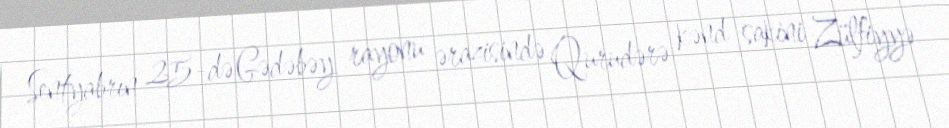
Sentyabrın 25-də Gədəbəy rayonu ərazisində Qurudərə kənd sakini Zülfiyyə